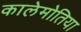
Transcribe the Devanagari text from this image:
कालेमोतिया